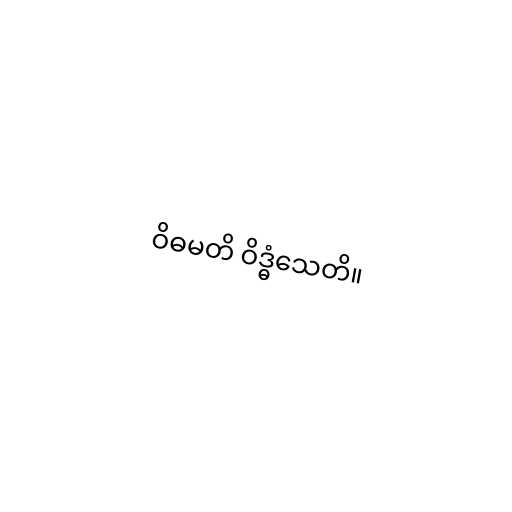
ဝိဓမတိ ဝိဒ္ဓံသေတိ။